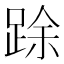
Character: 䟻